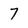
Character: 7